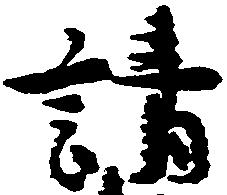
請